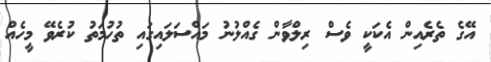
އޭގެ ތެރެއިން އެކަކީ ވެސް ރިލްވާން ގެއްލުނު މައްސަލައިގައި ތުހުމަތު ކުރެވޭ މީހެއް